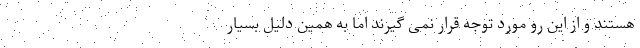
هستند و از این رو مورد توجه قرار نمی گیرند اما به همین دلیل بسیار